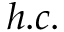
h . c .